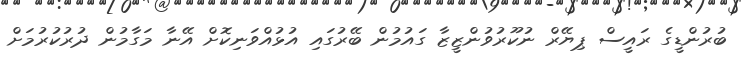
ބުރުންޑީގެ ރައީސް ޕިޔޭރް ނުކޫރުވުންޒީޒާ ގައުމުން ބޭރުގައި އުޅުއްވަނިކޮށް އޭނާ މަގާމުން ދުރުކުރުމަށް